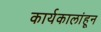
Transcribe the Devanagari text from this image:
कार्यकालांहून